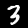
Digit: 3